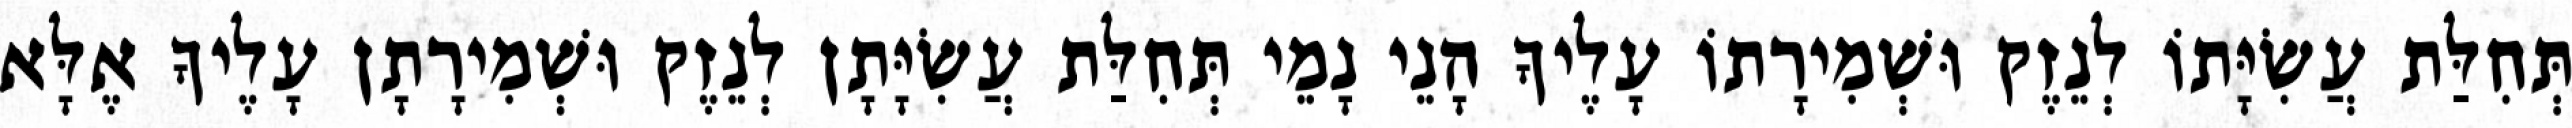
תְּחִלַּת עֲשִׂיָּתוֹ לְנֵזֶק וּשְׁמִירָתוֹ עָלֶיךָ הָנֵי נָמֵי תְּחִלַּת עֲשִׂיָּתָן לְנֵזֶק וּשְׁמִירָתָן עָלֶיךָ אֶלָּא